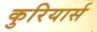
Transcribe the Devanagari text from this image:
कुरियार्स